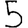
Digit: 5